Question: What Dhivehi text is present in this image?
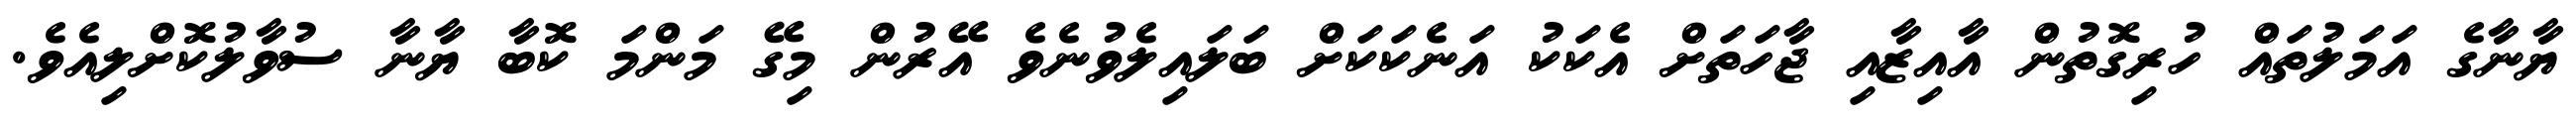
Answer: ޔާނާގެ އަމަލުތައް ހުރިގޮތުން އާއިޒާއި ޖާހަތަށް އެކަކު އަނެކަކަށް ބަލައިލެވުނެވެ އޭރުން މިގޭ މަންމަ ކޮބާ ޔާނާ ސުވާލުކޮށްލިއެވެ.